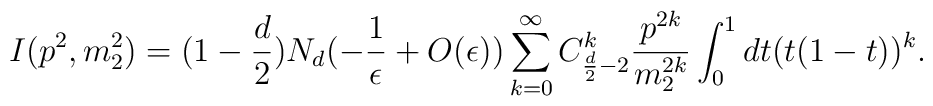
I(p^{2},m_{2}^{2})=(1-\frac{d}{2})N_{d}(-\frac{1}{\epsilon}+O(\epsilon))\sum_{k=0}^{\infty}C_{\frac{d}{2}-2}^{k}\frac{p^{2k}}{m_{2}^{2k}}\int^{1}_{0}dt(t(1-t))^{k}.